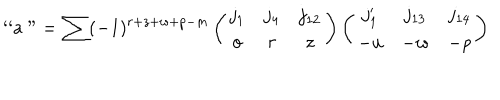
\mathrm { ` ` a " } = \sum ( - 1 ) ^ { r + z + w + p - m } \left( \begin{array} { c c c } { { j _ { 1 } } } & { { j _ { 4 } } } & { { j _ { 1 2 } } } \\ { { o } } & { { r } } & { { z } } \\ \end{array} \right) \left( \begin{array} { c c c } { { j _ { 1 } ^ { \prime } } } & { { j _ { 1 3 } } } & { { j _ { 1 4 } } } \\ { { - u } } & { { - w } } & { { - p } } \\ \end{array} \right)